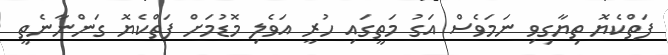
ފަތްކެޔޮ ތިޔާގިވި ނަމަވެސް އަގު މަތީގައި ހުރީ އަވެލި މޮޑުމަށް ފަތްކެޔޮ ގަންނާނެތީ